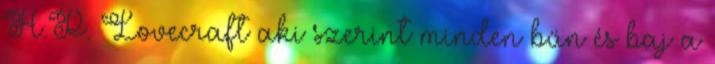
H.P. Lovecraft aki szerint minden bűn és baj a